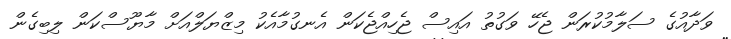
ވަދާއުގެ ސަލާމުކުރަން ޖެހޭ ވަގުތު އައިސް ޖެހިއްޖެކަން އެނގުމާއެކު މިޒްްޔަލްއަށް މާޔޫސްކަން ލިބިގެން